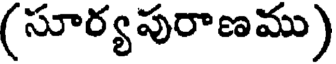
(సూర్యపురాణము)